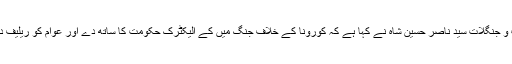
سندھ کے وزیر اطلاعات، بلدیات و جنگلات سید ناصر حسین شاہ نے کہا ہے کہ کورونا کے خلاف جنگ میں کے الیکٹرک حکومت کا ساتھ دے اور عوام کو ریلیف دینے کے اقدامات کو یقینی بنائے۔